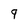
Character: 9